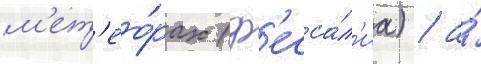
м'ет'ео́рах (ф'есса́л'иа) / а́